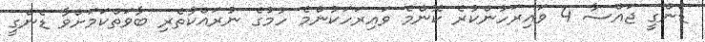
ޑެންގީ ޖައްސާ 4 ވައިރަހުންކުރެ ކޮންމެ ވައިރަހަކުންމެ ހުމުގެ ނުރައްކާތެރި ބާވަތްކަމަށްވާ ޑެންގީ